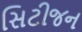
સિટીજન